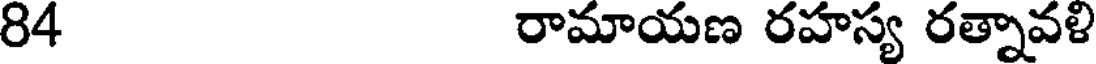
84 రామాయణ రహస్య రత్నావళి